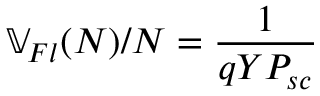
\mathbb { V } _ { F l } ( N ) / N = \frac { 1 } { q Y P _ { s c } }